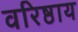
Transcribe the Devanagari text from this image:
वरिष्ठाय